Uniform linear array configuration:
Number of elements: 64
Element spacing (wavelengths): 0.75
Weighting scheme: exponential
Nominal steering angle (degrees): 30
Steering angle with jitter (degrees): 31.784
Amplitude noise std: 0.05
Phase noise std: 0.05

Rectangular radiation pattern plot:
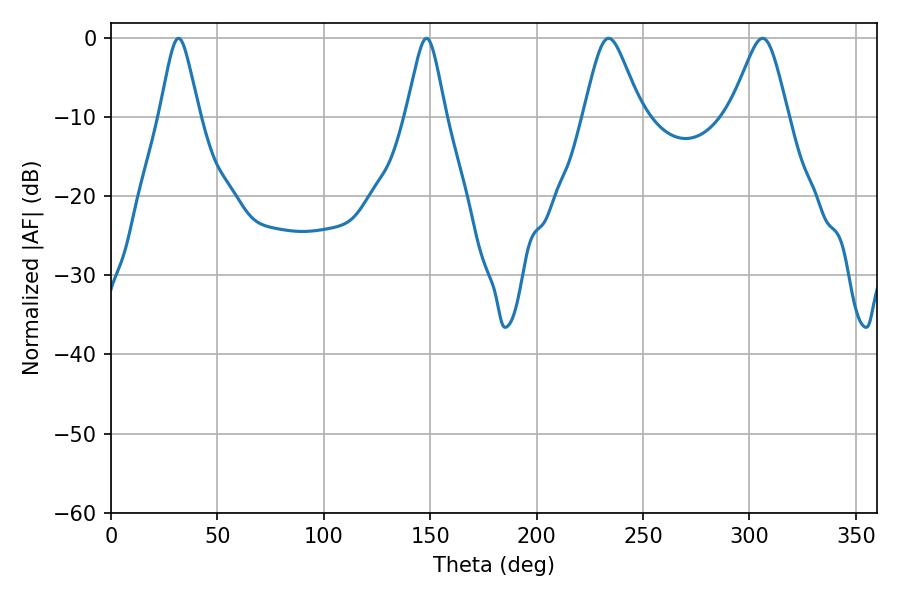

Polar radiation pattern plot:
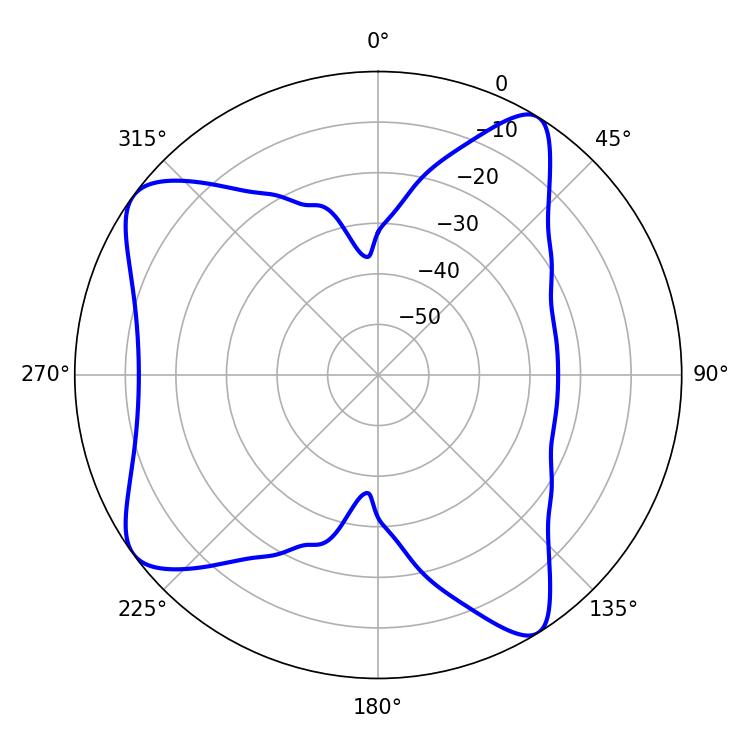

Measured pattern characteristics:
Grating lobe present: TRUE
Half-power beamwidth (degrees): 13.14
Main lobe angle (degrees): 306.18